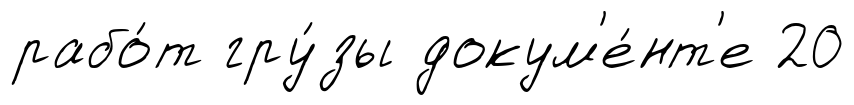
рабо́т гру́зы докум'е́нт'е 20